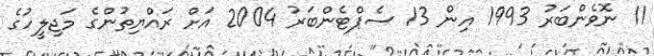
11 ނޮވެންބަރު 1993 އިން 13 ސެޕްޓެންބަރު 2004 އަށް ރައްޔިތުންގެ މަޖިލީހުގެ